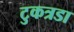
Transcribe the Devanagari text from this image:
टुकत्रडा